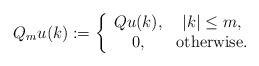
LaTeX: \begin{align*} Q_{m}u(k):=\left\{ \begin{array}{cc} Qu(k), & |k|\leq m, \\ 0, & \mathrm{otherwise}. \end{array}\right. \end{align*}